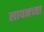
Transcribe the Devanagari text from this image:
लायनच्या